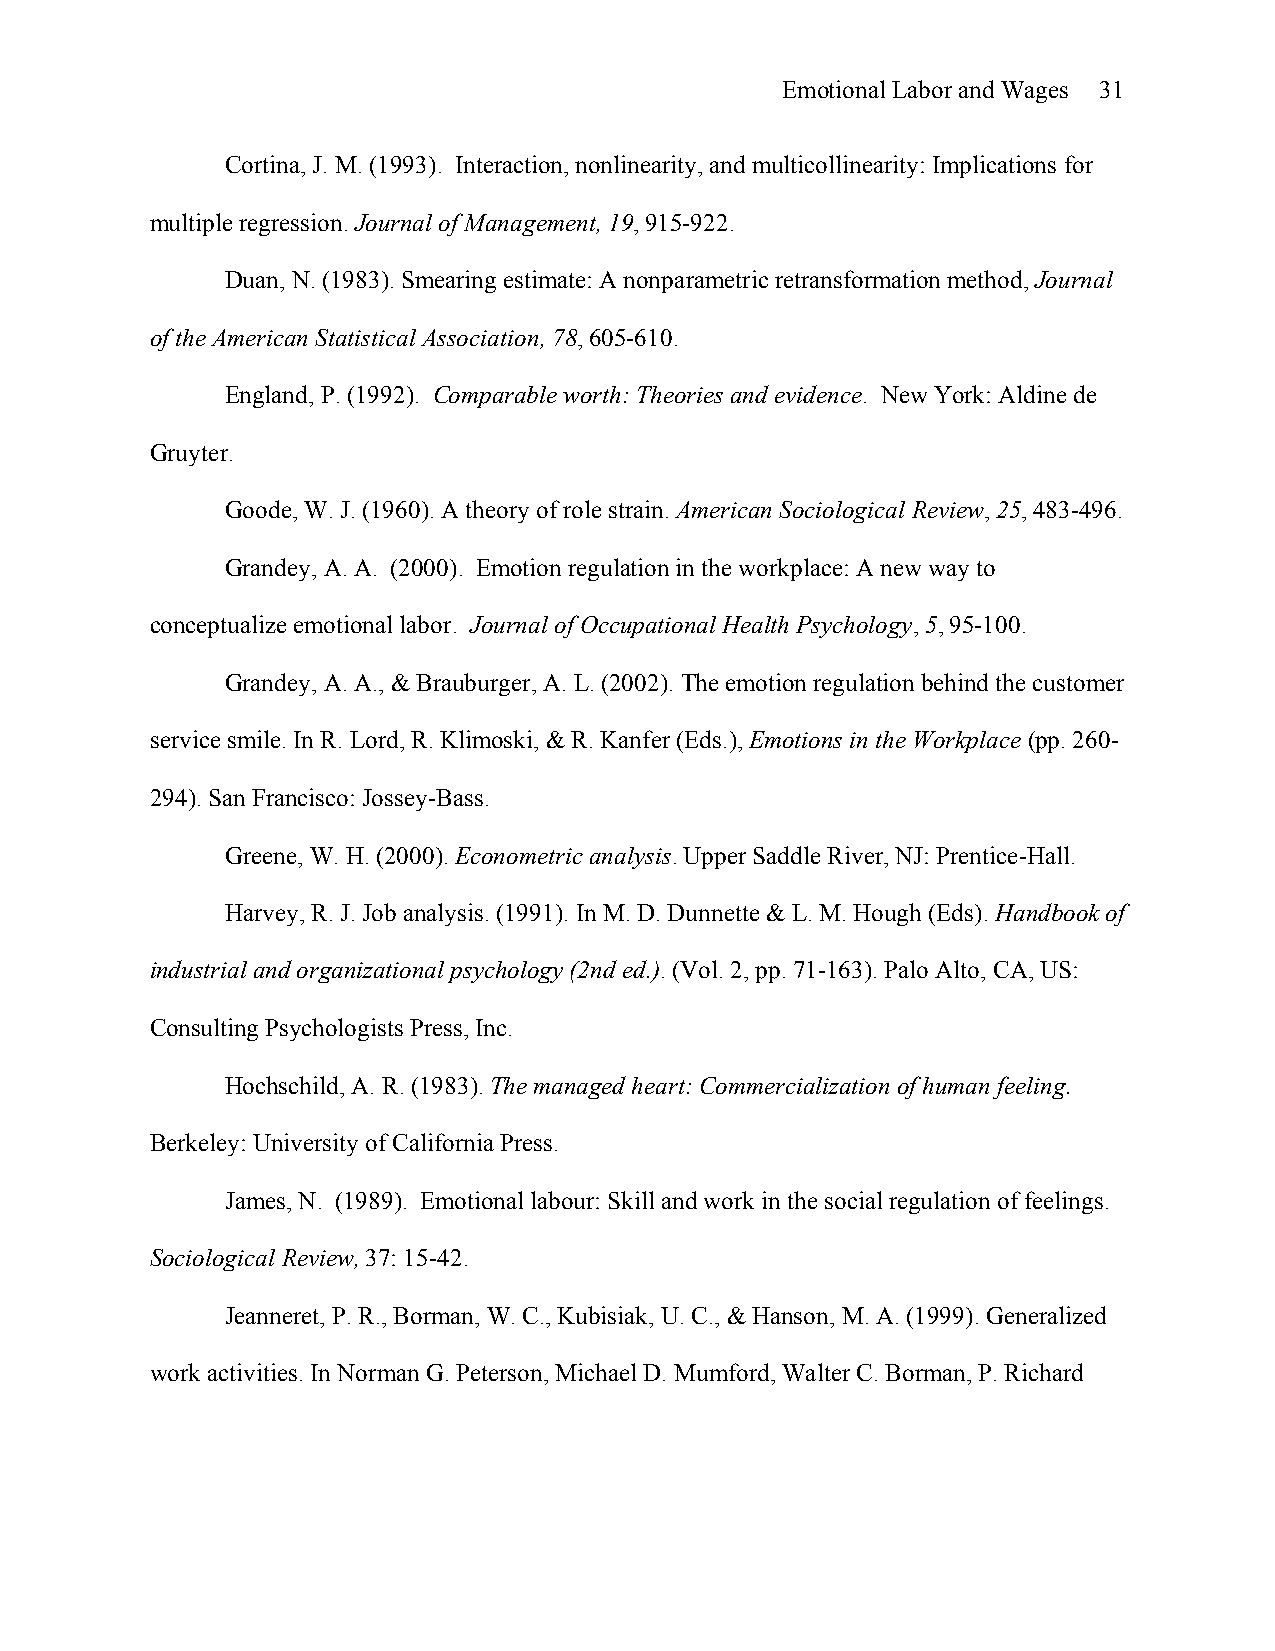
Emotional Labor and Wages 31
 Cortina, J. M. (1993). Interaction, nonlinearity, and multicollinearity: Implications for
 multiple regression. Journal of Management, 19, 915-922.
 Duan, N. (1983). Smearing estimate: A nonparametric retransformation method, Journal
 of the American Statistical Association, 78, 605-610.
 England, P. (1992). Comparable worth: Theories and evidence. New York: Aldine de
 Gruyter.
 Goode, W. J. (1960). A theory of role strain. American Sociological Review, 25, 483-496.
 Grandey, A. A. (2000). Emotion regulation in the workplace: A new way to
 conceptualize emotional labor. Journal of Occupational Health Psychology, 5, 95-100.
 Grandey, A. A., & Brauburger, A. L. (2002). The emotion regulation behind the customer
 service smile. In R. Lord, R. Klimoski, & R. Kanfer (Eds.), Emotions in the Workplace (pp. 260-
 294). San Francisco: Jossey-Bass.
 Greene, W. H. (2000). Econometric analysis. Upper Saddle River, NJ: Prentice-Hall.
 Harvey, R. J. Job analysis. (1991). In M. D. Dunnette & L. M. Hough (Eds). Handbook of
 industrial and organizational psychology (2nd ed.). (Vol. 2, pp. 71-163). Palo Alto, CA, US:
 Consulting Psychologists Press, Inc.
 Hochschild, A. R. (1983). The managed heart: Commercialization of human feeling.
 Berkeley: University of California Press.
 James, N. (1989). Emotional labour: Skill and work in the social regulation of feelings.
 Sociological Review, 37: 15-42.
 Jeanneret, P. R., Borman, W. C., Kubisiak, U. C., & Hanson, M. A. (1999). Generalized
 work activities. In Norman G. Peterson, Michael D. Mumford, Walter C. Borman, P. Richard